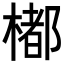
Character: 𣛭